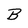
Character: B